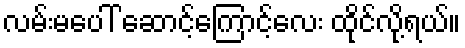
လမ်းမပေါ် ဆောင့်ကြောင့်လေး ထိုင်လို့ရယ်။